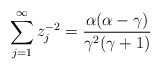
\begin{align*}\sum^{\infty}_{j=1}z_j^{-2}=\frac{\alpha(\alpha-\gamma)}{\gamma^2(\gamma+1)}\end{align*}